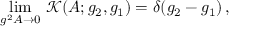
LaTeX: \operatorname * { l i m } _ { g ^ { 2 } A \to 0 } \, \mathcal { K } ( A ; g _ { 2 } , g _ { 1 } ) = \delta ( g _ { 2 } - g _ { 1 } ) \, ,